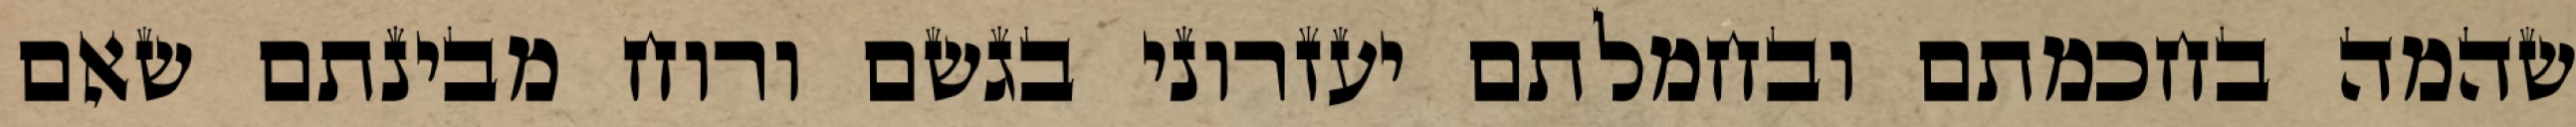
שהמה בחכמתם ובחמלתם יעזרוני בגשם ורוח מבינתם שאם